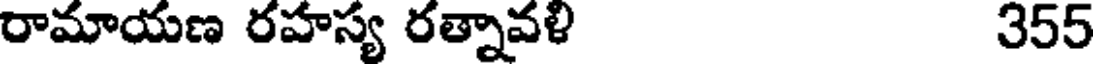
రామాయణ రహస్య రత్నావళి 355